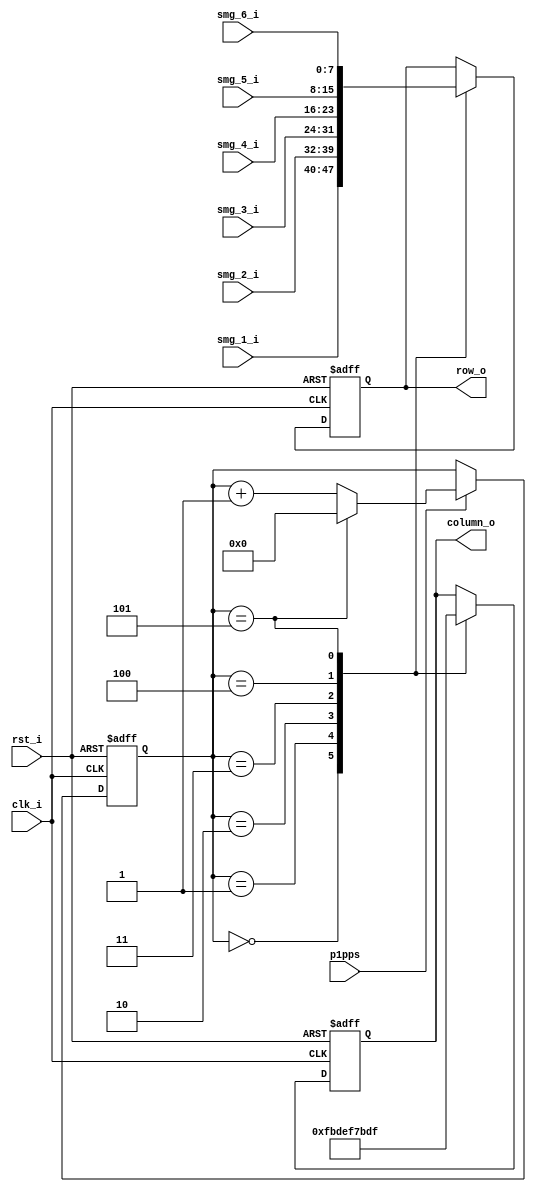
module row_scan_module 
(
	clk_i,
	rst_i,
	p1pps, 
	smg_1_i,
	smg_2_i,
	smg_3_i,
	smg_4_i,
	smg_5_i,
	smg_6_i,
	row_o,
	column_o
);

input 		clk_i;
input 		rst_i;
input 		p1pps;
input[7:0]	smg_1_i;
input[7:0]	smg_2_i;
input[7:0]	smg_3_i;
input[7:0]	smg_4_i;
input[7:0]	smg_5_i;
input[7:0]	smg_6_i;
output[7:0]	row_o;
output[5:0] column_o;

reg[7:0]	row_scan_r = 0;
reg[5:0]	column_scan_r = 0;
reg[3:0]	row_ind = 0;

assign row_o = row_scan_r;
assign column_o = column_scan_r;


always@(posedge clk_i or negedge rst_i) begin
	if(!rst_i)begin
		row_ind <= 0;
	end
	
	else if(p1pps == 1)begin
		if(row_ind == 5)begin
			row_ind <= 0;
		end
		
		else begin
			row_ind <= row_ind + 1;
		end
	end
end

always@(posedge clk_i or negedge rst_i) begin
	if(!rst_i)begin
		row_scan_r <= 0;
		column_scan_r <= 0;
	end

	else begin
		case(row_ind)
			0	:	begin
				row_scan_r 	<= smg_1_i;
				column_scan_r <= 'b111110;
			end
			1	:	begin
				row_scan_r 	<= smg_2_i;
				column_scan_r <= 'b111101;
			end
			2	:	begin
				row_scan_r <= smg_3_i;
				column_scan_r <= 'b111011;
			end
			3	:	begin
				row_scan_r <= smg_4_i;
				column_scan_r <= 'b110111;
			end
			4	:	begin
				row_scan_r <= smg_5_i;
				column_scan_r <= 'b101111;
			end	
			5	:	begin
				row_scan_r <= smg_6_i;
				column_scan_r <= 'b011111;
			end
		endcase
	end
		
end

endmodule